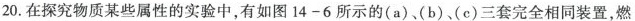
20.在探究物质某些属性的实验中，有如图14-6所示的(a)、(b)、(c)三套完全相同装置，燃